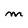
Character: M